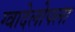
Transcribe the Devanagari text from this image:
ग्वादेलोपला